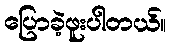
ပြောခဲ့ဖူးပါတယ်။